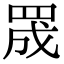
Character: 𮊅